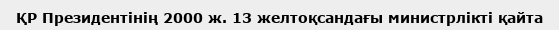
ҚР Президентінің 2000 ж. 13 желтоқсандағы министрлікті қайта